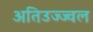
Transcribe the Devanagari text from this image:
अतिउज्ज्वल